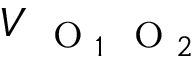
V _ { \mathrm { ~ \scriptsize ~ O ~ } _ { 1 } \mathrm { ~ \scriptsize ~ O ~ } _ { 2 } }